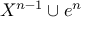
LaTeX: X ^ { n - 1 } \cup e ^ { n }